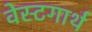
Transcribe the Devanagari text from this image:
वेस्टगार्थ